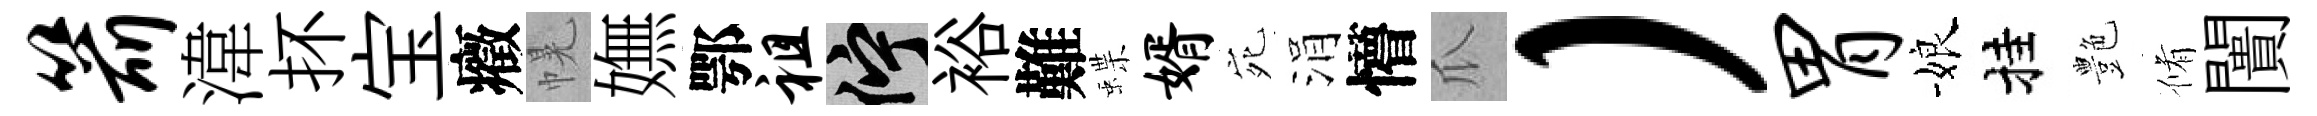
箭湋抔宝癥幌嫵鄂祖伫裕難蝶婿宛涓懵瓜）胃娘挂艶脩闠